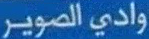
واديالصوير